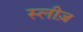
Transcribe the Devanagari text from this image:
स्लीज़